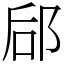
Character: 郈